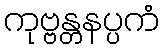
ကုဗ္ဗန္တနပ္ပကံ